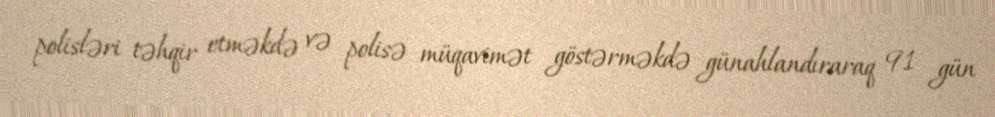
polisləri təhqir etməkdə və polisə müqavimət göstərməkdə günahlandıraraq 91 gün